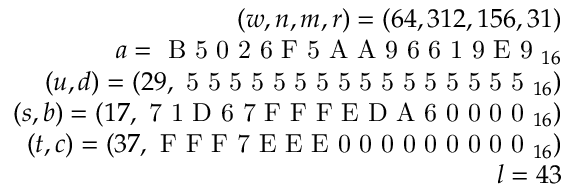
{ \begin{array} { r } { ( w , n , m , r ) = ( 6 4 , 3 1 2 , 1 5 6 , 3 1 ) } \\ { a = { \textrm { B 5 0 2 6 F 5 A A 9 6 6 1 9 E 9 } } _ { 1 6 } } \\ { ( u , d ) = ( 2 9 , { \textrm { 5 5 5 5 5 5 5 5 5 5 5 5 5 5 5 5 } } _ { 1 6 } ) } \\ { ( s , b ) = ( 1 7 , { \textrm { 7 1 D 6 7 F F F E D A 6 0 0 0 0 } } _ { 1 6 } ) } \\ { ( t , c ) = ( 3 7 , { \textrm { F F F 7 E E E 0 0 0 0 0 0 0 0 0 } } _ { 1 6 } ) } \\ { l = 4 3 } \end{array} }